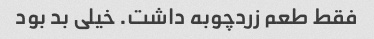
فقط طعم زردچوبه داشت. خیلی بد بود